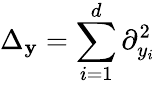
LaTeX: \Delta_{\mathbf{y}}=\sum_{i=1}^{d}\partial_{y_{i}}^{2}